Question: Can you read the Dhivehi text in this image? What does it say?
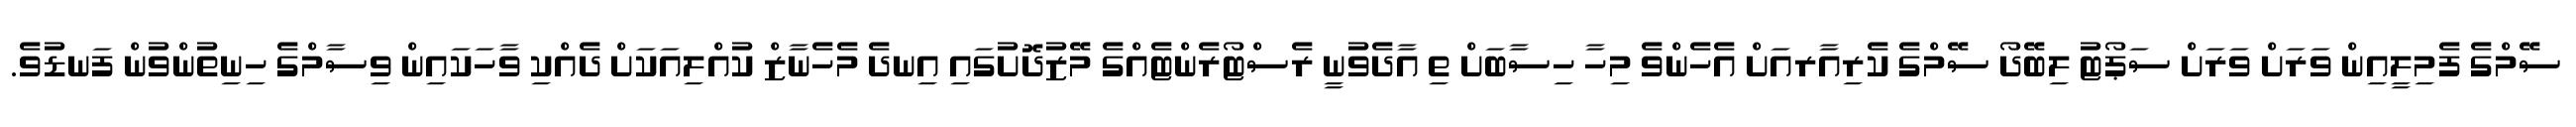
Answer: ސޭމްގެ ފެމިލީއިން ވަރަށް ވަރަށް ސަޕޯޓު ލިބޭދޯ ސޭމްގެ ކެރިއާރއަށް އެހެންވެ މިހާ ހިސާބަށް ތި އާދެވުނީ ރެސްޓޯރެންޓެއްގެ މޭޒުދޮށުގައި އިނދެ މެހެނާޒް ކުއްލިއަކަށް ދެއްކި ވާހަކައިން ވިސާމްގެ ހިނިތުންވުން ފަނޑުވެ.